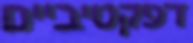
דפקטיביים